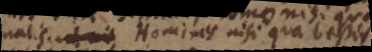
rationalis; Homines nisi qua bestiis